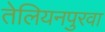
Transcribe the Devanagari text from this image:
तेलियनपुरवा